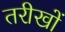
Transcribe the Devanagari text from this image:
तरीखों